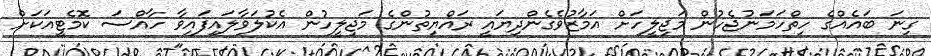
ގިނަ ބައެއްގެ ހިތްހަމަނުޖެހުން މަޖިލީހަށް އަމާޒުވެގެންދިޔައީ ރައްޔިތުންގެ މަޖިލީހުން އެކުލަވާލައިފައިވާ ހާއްސަ ކޮމެޓީއަކަށް